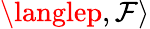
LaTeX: \langlep,\mathcal{F}\rangle